Report of the King Institute of Preventive Medicine, Guindy
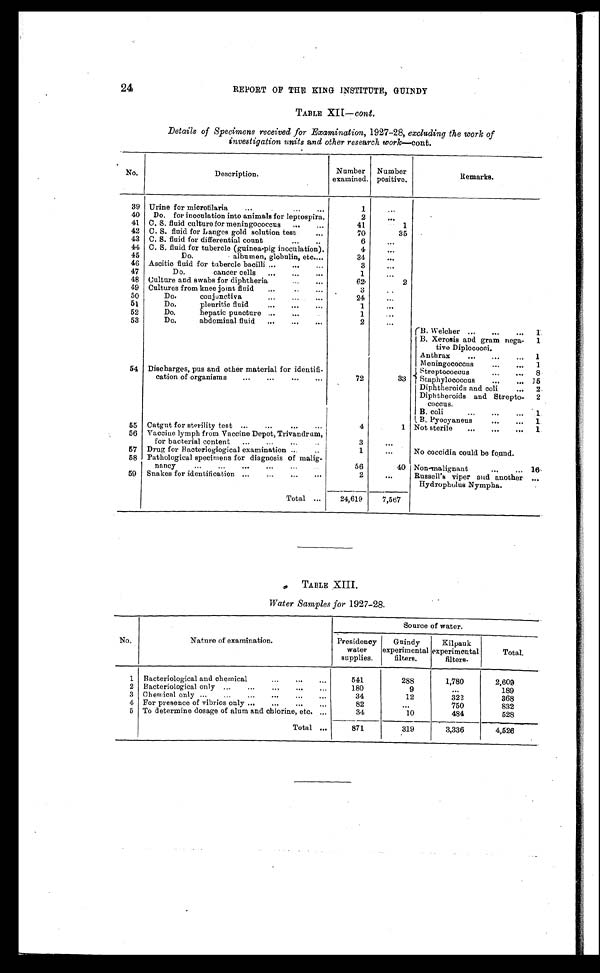
24
REPORT OF THE KING INSTITUTE, GUINDY
TABLE XII— cont .
Details of Specimens received for Examination, 1927-28, excluding the work of
investigation units and other research work —cont.
No.
Description.
Number
examined.
Number
positive.
Remarks.
39
Urine for microtilaria . . .
1
. . .
40
Do. for inoculation into animals for leptospira.
2
. . .
41
C. S. fluid culture for meningococcus . . .
41
1
42
C. S. fluid for Langes gold solution test . . .
70
35
43
C. S. fluid for differential count . . .
6
. . .
44
C. S. fluid for tubercle (guinea-pig inoculation).
4
. . .
45
Do. albumen, globulin, etc. . . .
34
. . .
46
Ascitic fluid for tubercle bacilli . . .
3
47
Do. cancer cells . . .
1
. . .
48
Culture and swabs for diphtheria . . .
62
2
49
Cultures from knee joint fluid . . .
3
. . .
50
Do. conjunctiva . . .
24
. . .
51
Do. pleuritic fluid . . .
1
. . .
52
Do. hepatic puncture . . .
1
53
Do. abdominal fluid . . .
2
. . .
B. Welcher . . .
1
B. Xerosis and gram nega-
tive Diplococei.
1
Anthrax . . .
1
Meningococcus . . .
1
54
Discharges, pus and other material for identifi-
cation of organisms . . .
72
33
Streptococcus . . .
8
Staphylococcus . . . 15
Diphtheroids and coli . . .
2
Diphtheroids and Strepto-
coccus.
2
B. coil . . .
1
B. Pyocyaneus . . .
1
55
Catgut for sterility test . . .
4
1
Not sterile . . .
1
56
Vaccine lymph from Vaccine Depot, Trivandrum,
for bacterial content . . .
3
. . .
57
Drug for Bacteriogiogical examination . . .
1 . . .
No coccidia could be found.
58
Pathological specimens for diagnosis of malig-
n a n c y . . .
56
40 Non-malignant . . . 16
59
Snakes for identification . . .
2
. . . Russell's viper and another
Hydropholus Nympha.
. . .
Total . . .
24,619 7 , 5 6 7
TABLE XIII.
Water Samples for 1927-28.
No.
Nature of examination.
Source of water.
Presidency
water
supplies.
Guindy
experimental
filters.
Kilpauk
experimental
filters.
Total.
1
Bacteriological and chemical . . .
541
288
1,780
2,609
2
Bacteriological only . . .
180
9
. . .
189
3
Chemical only . . .
34
12
322
368
4
For presence of vibrios only . . .
82
. . .
750
832
5
To determine dosage of alum and chlorine, etc. . . .
34
10
484
528
Total . . .
871
319
3,336
4,526